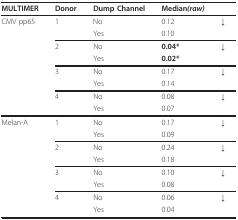
<table><thead><tr><td><b>MULTIMER</b></td><td><b>Donor</b></td><td><b>Dump Channel</b></td><td><b>Median<i>(raw)</i></b></td><td></td></tr></thead><tbody><tr><td>CMV pp65</td><td>1</td><td>No</td><td>0.12</td><td>↓</td></tr><tr><td></td><td></td><td>Yes</td><td>0.10</td><td></td></tr><tr><td></td><td>2</td><td>No</td><td><b>0.04*</b></td><td>↓</td></tr><tr><td></td><td></td><td>Yes</td><td><b>0.02*</b></td><td></td></tr><tr><td></td><td>3</td><td>No</td><td>0.17</td><td>↓</td></tr><tr><td></td><td></td><td>Yes</td><td>0.14</td><td></td></tr><tr><td></td><td>4</td><td>No</td><td>0.08</td><td>↓</td></tr><tr><td></td><td></td><td>Yes</td><td>0.07</td><td></td></tr><tr><td>Melan-A</td><td>1</td><td>No</td><td>0.17</td><td>↓</td></tr><tr><td></td><td></td><td>Yes</td><td>0.09</td><td></td></tr><tr><td></td><td>2</td><td>No</td><td>0.24</td><td>↓</td></tr><tr><td></td><td></td><td>Yes</td><td>0.18</td><td></td></tr><tr><td></td><td>3</td><td>No</td><td>0.10</td><td>↓</td></tr><tr><td></td><td></td><td>Yes</td><td>0.08</td><td></td></tr><tr><td></td><td>4</td><td>No</td><td>0.06</td><td>↓</td></tr><tr><td></td><td></td><td>Yes</td><td>0.04</td><td></td></tr></tbody></table>